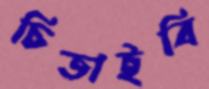
চিতাইবি